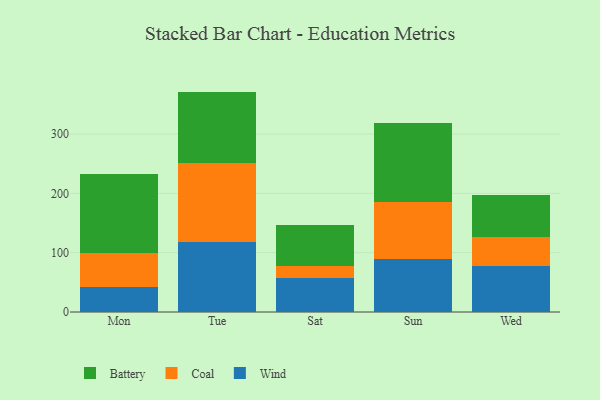
{"axis": {"x": "Day", "y": "Temperature (°C)"}, "legend": ["Battery", "Coal", "Wind"], "data": [{"x": "Mon", "y": 42.0, "type": "Wind"}, {"x": "Mon", "y": 58.1, "type": "Coal"}, {"x": "Mon", "y": 133.4, "type": "Battery"}, {"x": "Tue", "y": 118.5, "type": "Wind"}, {"x": "Tue", "y": 132.5, "type": "Coal"}, {"x": "Tue", "y": 120.6, "type": "Battery"}, {"x": "Sat", "y": 56.7, "type": "Wind"}, {"x": "Sat", "y": 21.6, "type": "Coal"}, {"x": "Sat", "y": 67.7, "type": "Battery"}, {"x": "Sun", "y": 90.2, "type": "Wind"}, {"x": "Sun", "y": 94.6, "type": "Coal"}, {"x": "Sun", "y": 134.3, "type": "Battery"}, {"x": "Wed", "y": 77.5, "type": "Wind"}, {"x": "Wed", "y": 48.7, "type": "Coal"}, {"x": "Wed", "y": 71.7, "type": "Battery"}]}